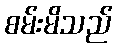
စမ်းမိသည်